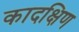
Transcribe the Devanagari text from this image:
कादक्षिण